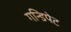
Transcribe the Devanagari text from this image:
गन्डिपेट